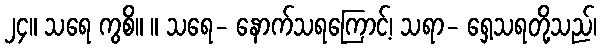
၂၄။ သရေ ကွစိ။ ။ သရေ- နောက်သရကြောင့်၊ သရာ- ရှေ့သရတို့သည်၊